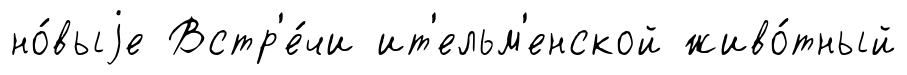
но́выjе Встр'е́чи ит'ельм'енской живо́тный